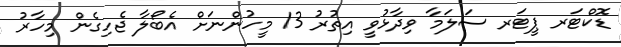
ޑޮކްޓަރ ޕީޓަރ ސަލަމާ ވިދާޅުވީ އިތުރު 13 މީހުންނަށް އެބޯލާ ޖެހިގެން މިހާރު